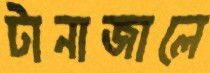
টানাজালে